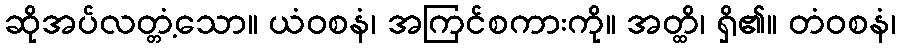
ဆိုအပ်လတ္တံ့သော။ ယံဝစနံ၊ အကြင်စကားကို။ အတ္ထိ၊ ရှိ၏။ တံဝစနံ၊